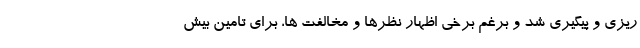
ریزی و پیگیری شد و برغم برخی اظهار نظرها و مخالفت ها، برای تامین بیش